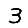
Digit: 3